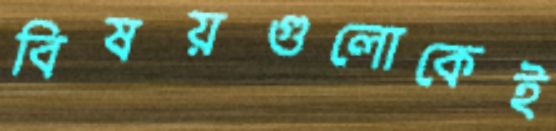
বিষয়গুলোকেই